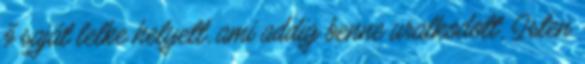
ő saját lelke helyett, ami addig benne uralkodott, Isten